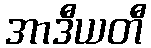
အာဒီယတီ